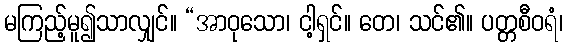
မကြည့်မူ၍သာလျှင်။ “အာဝုသော၊ ငါ့ရှင်။ တေ၊ သင်၏။ ပတ္တစီဝရံ၊